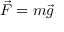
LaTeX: { \vec { F } } = m { \vec { g } }